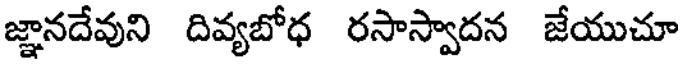
జ్ఞానదేవుని దివ్యబోధ రసాస్వాదన జేయుచూ